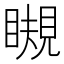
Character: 瞡